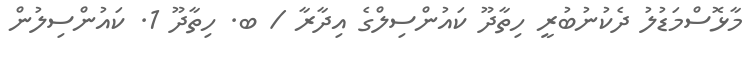
މާޅޮސްމަޑުލު ދެކުނުބުރީ ހިތާދޫ ކައުންސިލްގެ އިދާރާ / ބ. ހިތާދޫ 1. ކައުންސިލުން